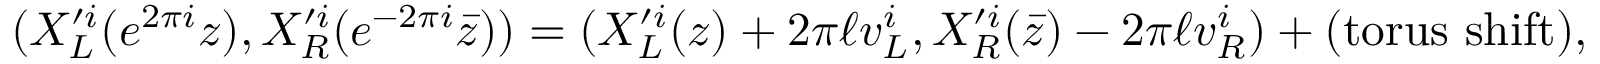
( X _ { L } ^ { \prime i } ( e ^ { 2 \pi i } z ) , X _ { R } ^ { \prime i } ( e ^ { - 2 \pi i } \bar { z } ) ) = ( X _ { L } ^ { \prime i } ( z ) + 2 \pi \ell v _ { L } ^ { i } , X _ { R } ^ { \prime i } ( \bar { z } ) - 2 \pi \ell v _ { R } ^ { i } ) + ( \mathrm { t o r u s \ s h i f t } ) ,